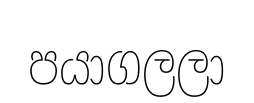
පයාගලලා